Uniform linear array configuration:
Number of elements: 48
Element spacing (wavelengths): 0.25
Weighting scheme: exponential
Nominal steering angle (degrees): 0
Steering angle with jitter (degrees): -1.429
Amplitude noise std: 0.05
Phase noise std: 0.05

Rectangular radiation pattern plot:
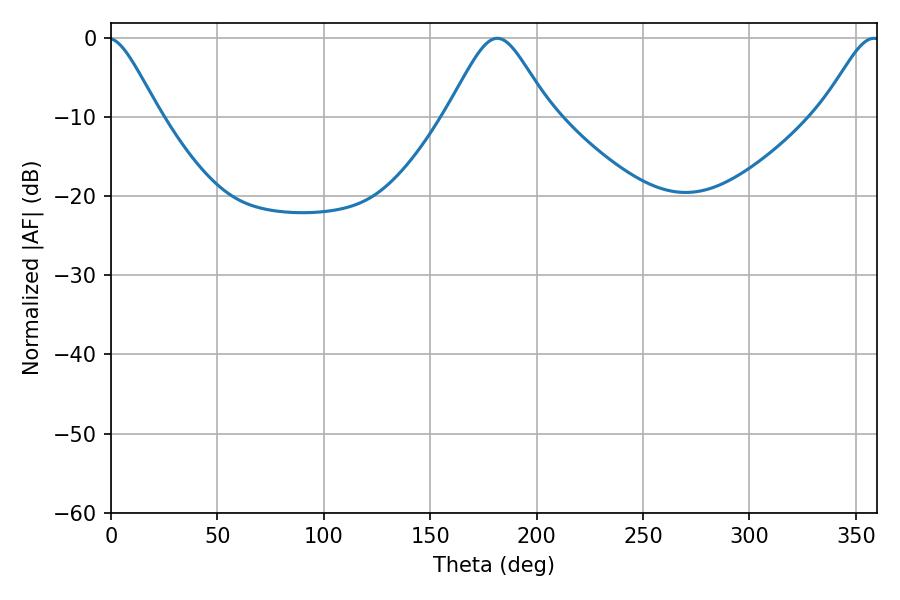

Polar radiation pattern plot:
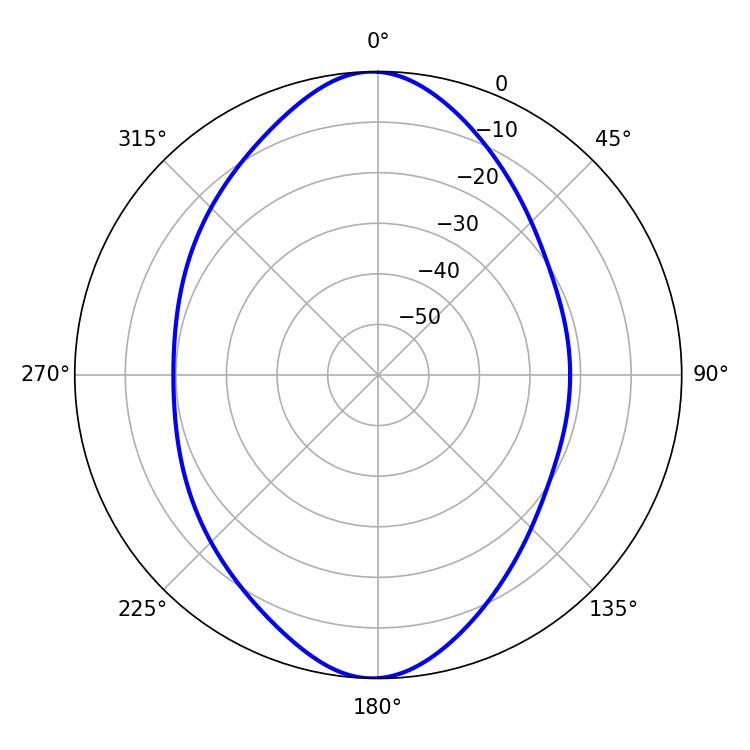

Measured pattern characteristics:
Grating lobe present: FALSE
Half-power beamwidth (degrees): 23.58
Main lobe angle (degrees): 181.44